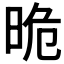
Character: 𣆡